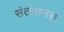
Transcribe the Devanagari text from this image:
संतमानस